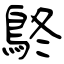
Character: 鴤